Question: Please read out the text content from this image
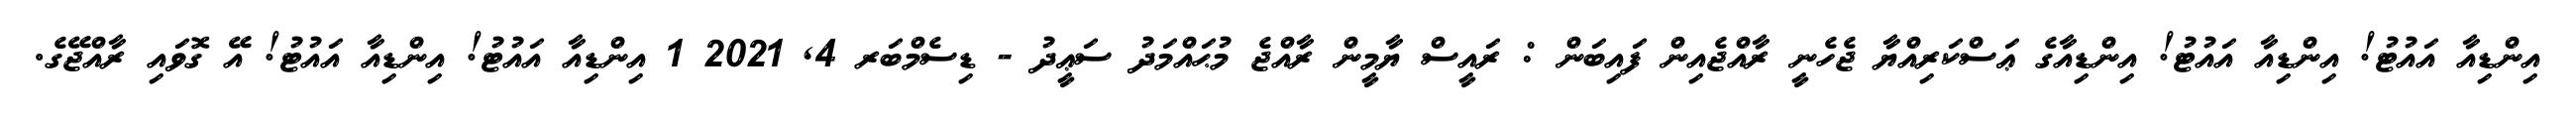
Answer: އިންޑިއާ އައުޓު! އިންޑިއާ އައުޓު! އިންޑިއާގެ ޢަސްކަރިއްޔާ ޖެހެނީ ރާއްޖެއިން ފައިބަން : ރައީސް ޔާމީން ރާއްޖެ މުޙައްމަދު ސަޢީދު - ޑިސެމްބަރ 4, 2021 1 އިންޑިއާ އައުޓު! އިންޑިއާ އައުޓު! އޭ ގޮވައި ރާއްޖޭގެ.